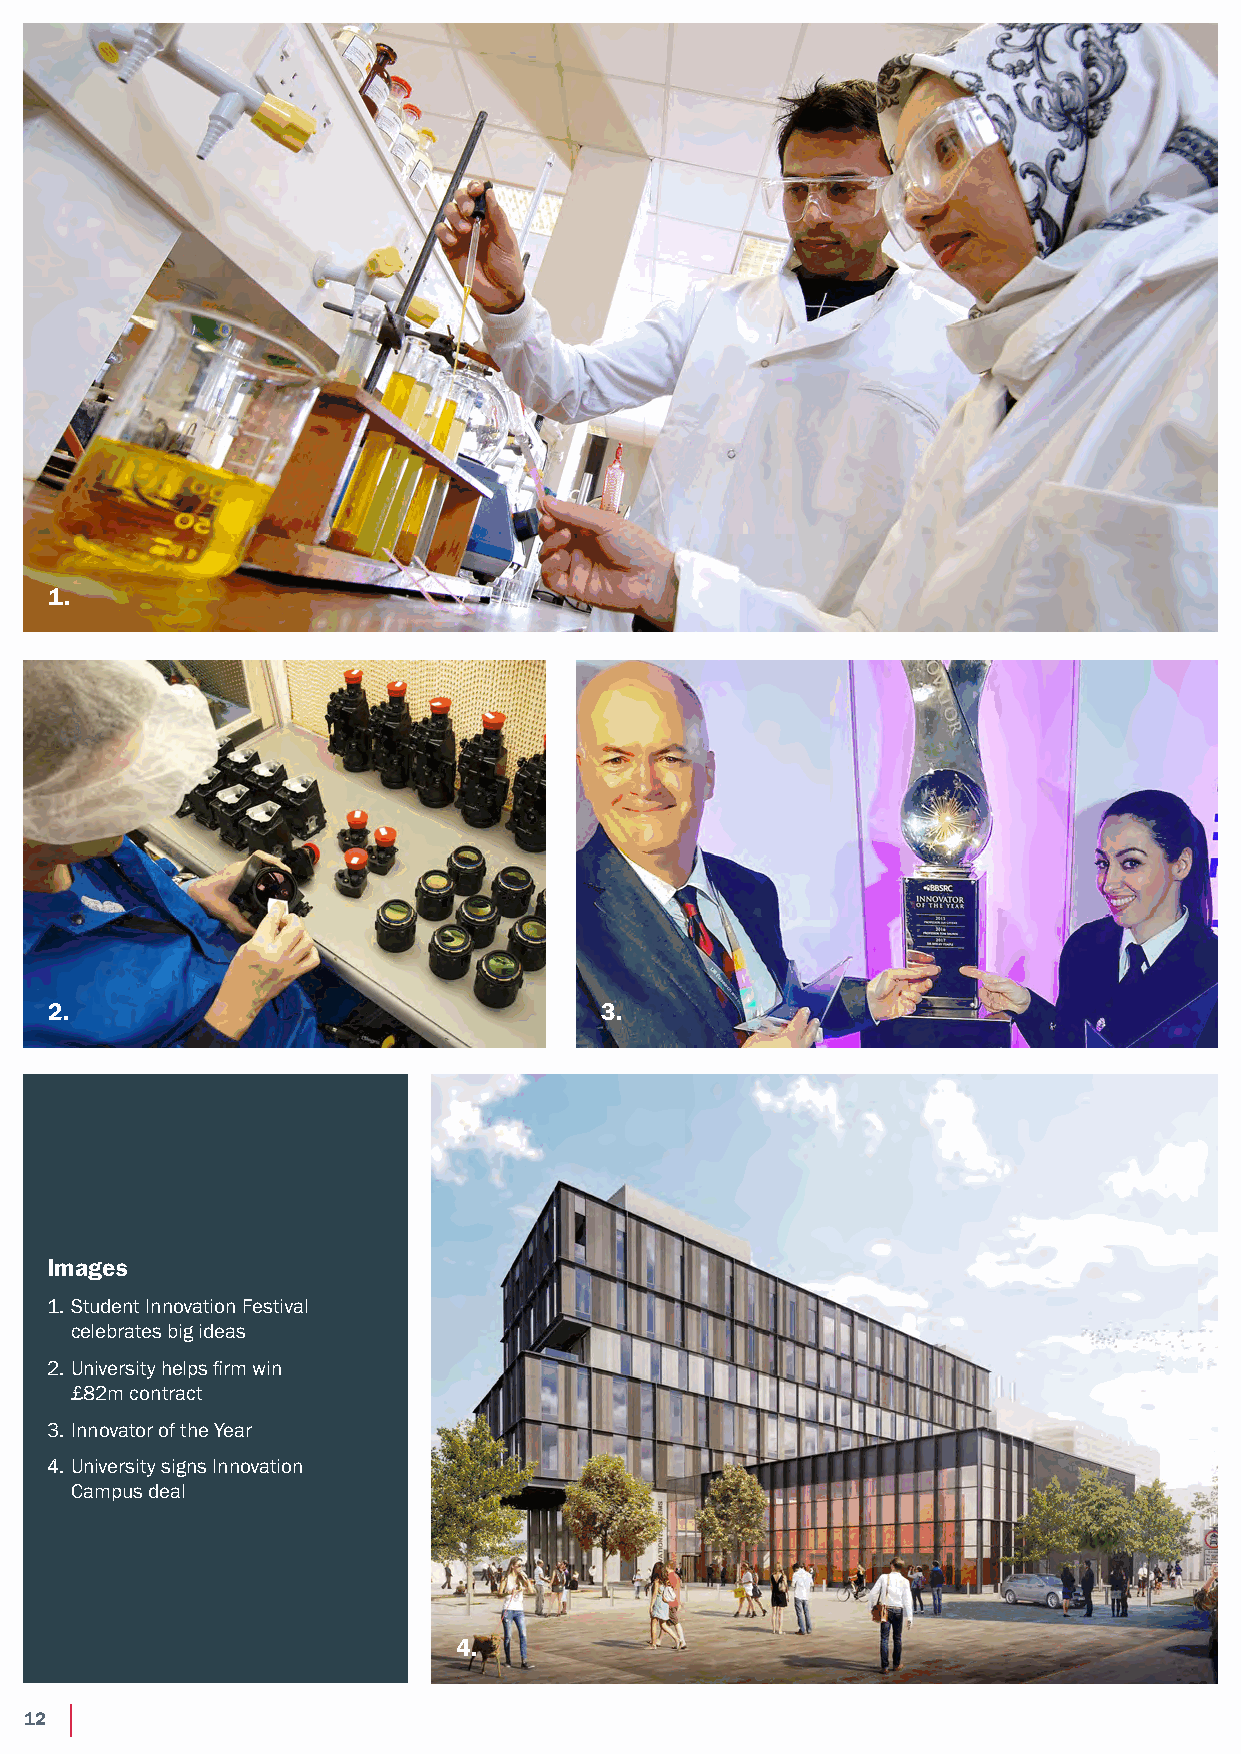
1.
 2.                                   3.
 Images
 1. Student Innovation Festival
 celebrates big ideas
 2. University helps firm win
 £82m contract
 3. Innovator of the Year
 4. University signs Innovation
 Campus deal
 4.
 12